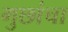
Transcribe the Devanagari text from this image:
गुछांचा